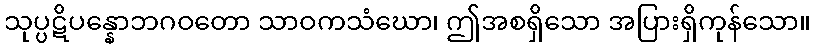
သုပ္ပဋိပန္နောဘဂဝတော သာဝကသံဃော၊ ဤအစရှိသော အပြားရှိကုန်သော။